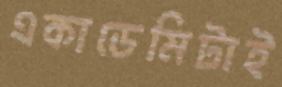
একাডেমিটাই